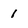
Character: 1